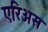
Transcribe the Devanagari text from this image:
एरिअस